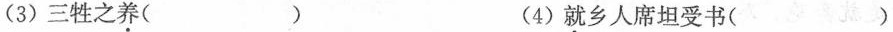
(3) 三牲之养( ) (4) 就乡人席坦受书( )